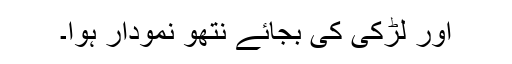
اور لڑکی کی بجائے نتھو نمودار ہوا۔